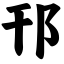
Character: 邗